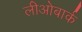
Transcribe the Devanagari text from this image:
लीओबार्क